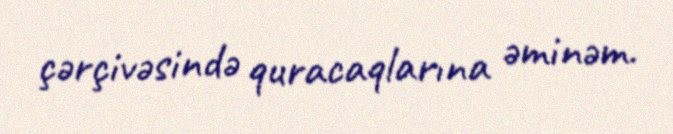
çərçivəsində quracaqlarına əminəm.